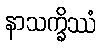
နာသက္ခိဿံ